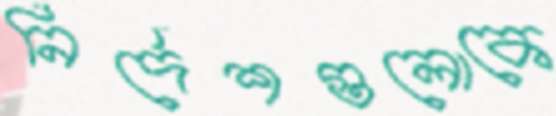
নির্দেশগুলোকে